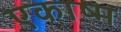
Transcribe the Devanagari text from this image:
एकाष्म